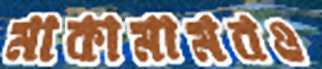
মাকামামবও